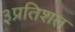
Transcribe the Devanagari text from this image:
३प्रतिशत